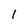
Character: 1